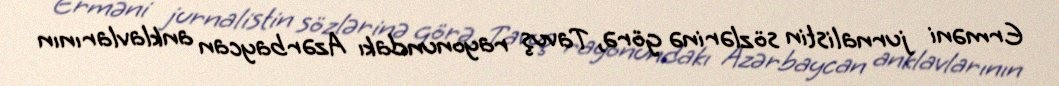
Erməni jurnalistin sözlərinə görə, Tavuş rayonundakı Azərbaycan anklavlarının